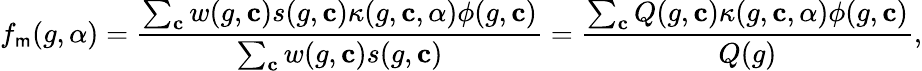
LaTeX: f_{\mathsf{m}}(g,\alpha)=\frac{{\sum_{\mathbf{{c}}}w(g,\mathbf{{c}})s(g,\mathbf{{c}})\kappa(g,\mathbf{{c}},\alpha)\phi(g,\mathbf{{c}})}}{{\sum_{\mathbf{{c}}}w(g,\mathbf{{c}})s(g,\mathbf{{c}})}}=\frac{{\sum_{\mathbf{{c}}}Q(g,\mathbf{{c}})\kappa(g,\mathbf{{c}},\alpha)\phi(g,\mathbf{{c}})}}{{Q(g)}},